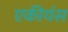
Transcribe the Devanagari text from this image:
एकीयंस